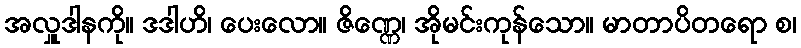
အလှူဒါနကို။ ဒဒါဟိ၊ ပေးလော။ ဇိဏ္ဏေ၊ အိုမင်းကုန်သော။ မာတာပိတရော စ၊